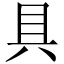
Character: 具